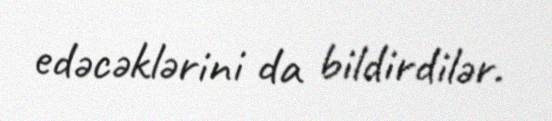
edəcəklərini da bildirdilər.